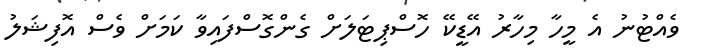
ވެއްޓުނު އެ މީހާ މިހާރު އޭޑީކޭ ހޮސްޕިޓަލަށް ގެންގޮސްފައިވާ ކަމަށް ވެސް އޮފިޝަލު